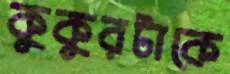
কুকুরটাকে